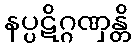
နပ္ပဋိဂ္ဂဏှန္တိ